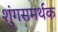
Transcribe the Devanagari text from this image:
शुंगसमर्थक